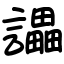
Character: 讄